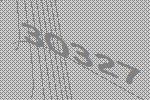
30327